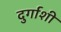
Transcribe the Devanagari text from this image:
दुर्गाशी